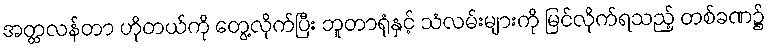
အတ္တလန်တာ ဟိုတယ်ကို တွေ့လိုက်ပြီး ဘူတာရုံနှင့် သံလမ်းများကို မြင်လိုက်ရသည့် တစ်ခဏ၌